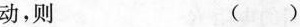
动，则 ()